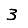
Digit: 3